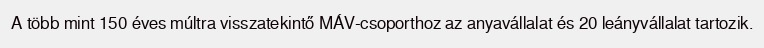
A több mint 150 éves múltra visszatekintő MÁV-csoporthoz az anyavállalat és 20 leányvállalat tartozik.